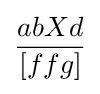
{\frac {abXd}{[ffg]}}